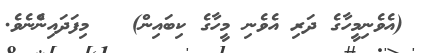
(އެވެނިމީހާގެ ދަރި އެވެނި މީހާގެ ކިބައިން)   މިފަދައިންެނެވެ.